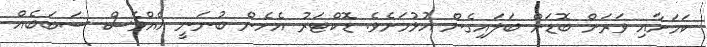
ކަމަށާއި ވަރަށް ބޮޑަށް ބަލައިގެން އުޅުމަށެވެ. ޑޮކްޓަރު އެހެން ބުނަނީ އެއްވެސް ސަބަބެއް